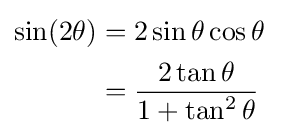
{\begin{aligned}\sin(2\theta )&=2\sin \theta \cos \theta \ \\&={\frac {2\tan \theta }{1+\tan ^{2}\theta }}\end{aligned}}